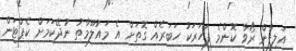
އަލިފާން ރޯވާ ކޮންމެ ފަހަރަކު ހަބަރެއް ގޮތަށް އެ މައުލޫމާތު ނުދޭކަމަށް ކެޕްޓަން